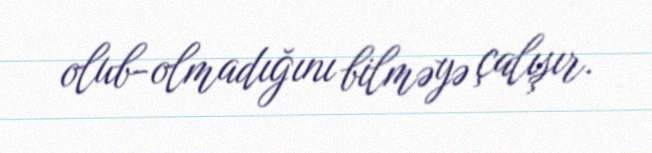
olub-olmadığını bilməyə çalışır.